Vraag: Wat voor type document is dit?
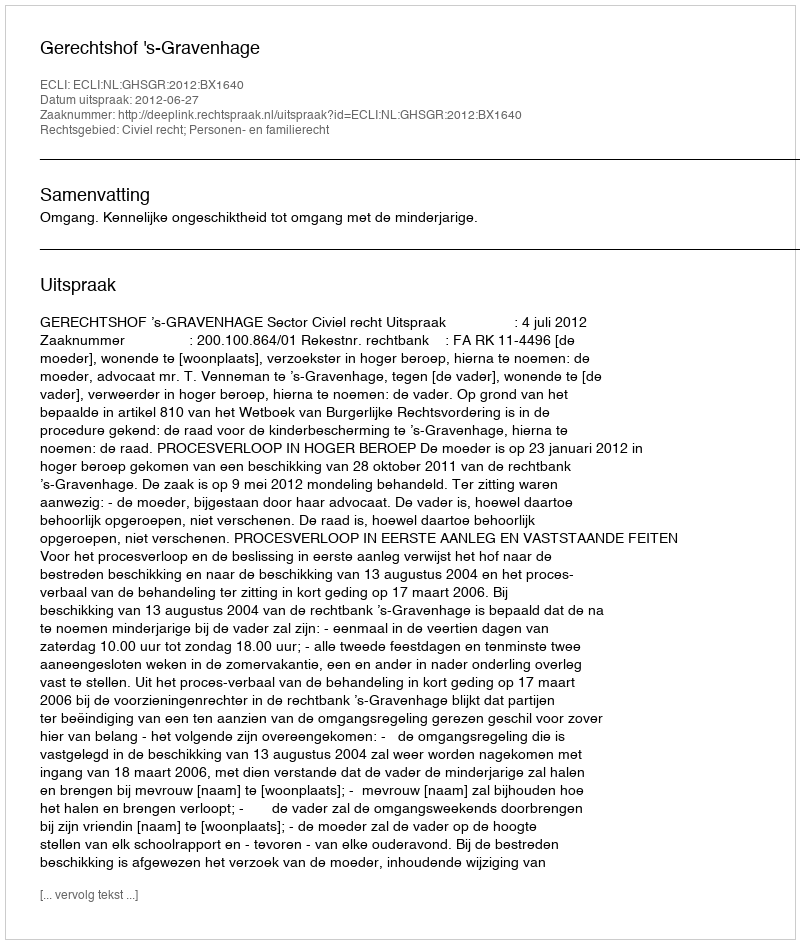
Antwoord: Uitspraak